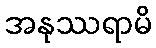
အနုဿရာမိ